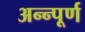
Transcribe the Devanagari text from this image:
अन्न्पूर्ण